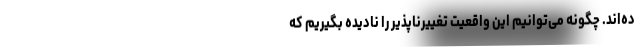
ده‌اند. چگونه می‌توانیم این واقعیت تغییرناپذیر را نادیده بگیریم که